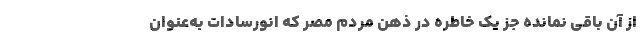
از آن باقی نمانده جز یک خاطره در ذهن مردم مصر که انورسادات به‌عنوان